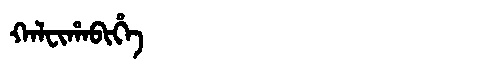
Manchu: ᡴᠠᠯᠸᡳᡥᠠᠪᡳᡥᡝ
Romanization: KALFIHABIHE